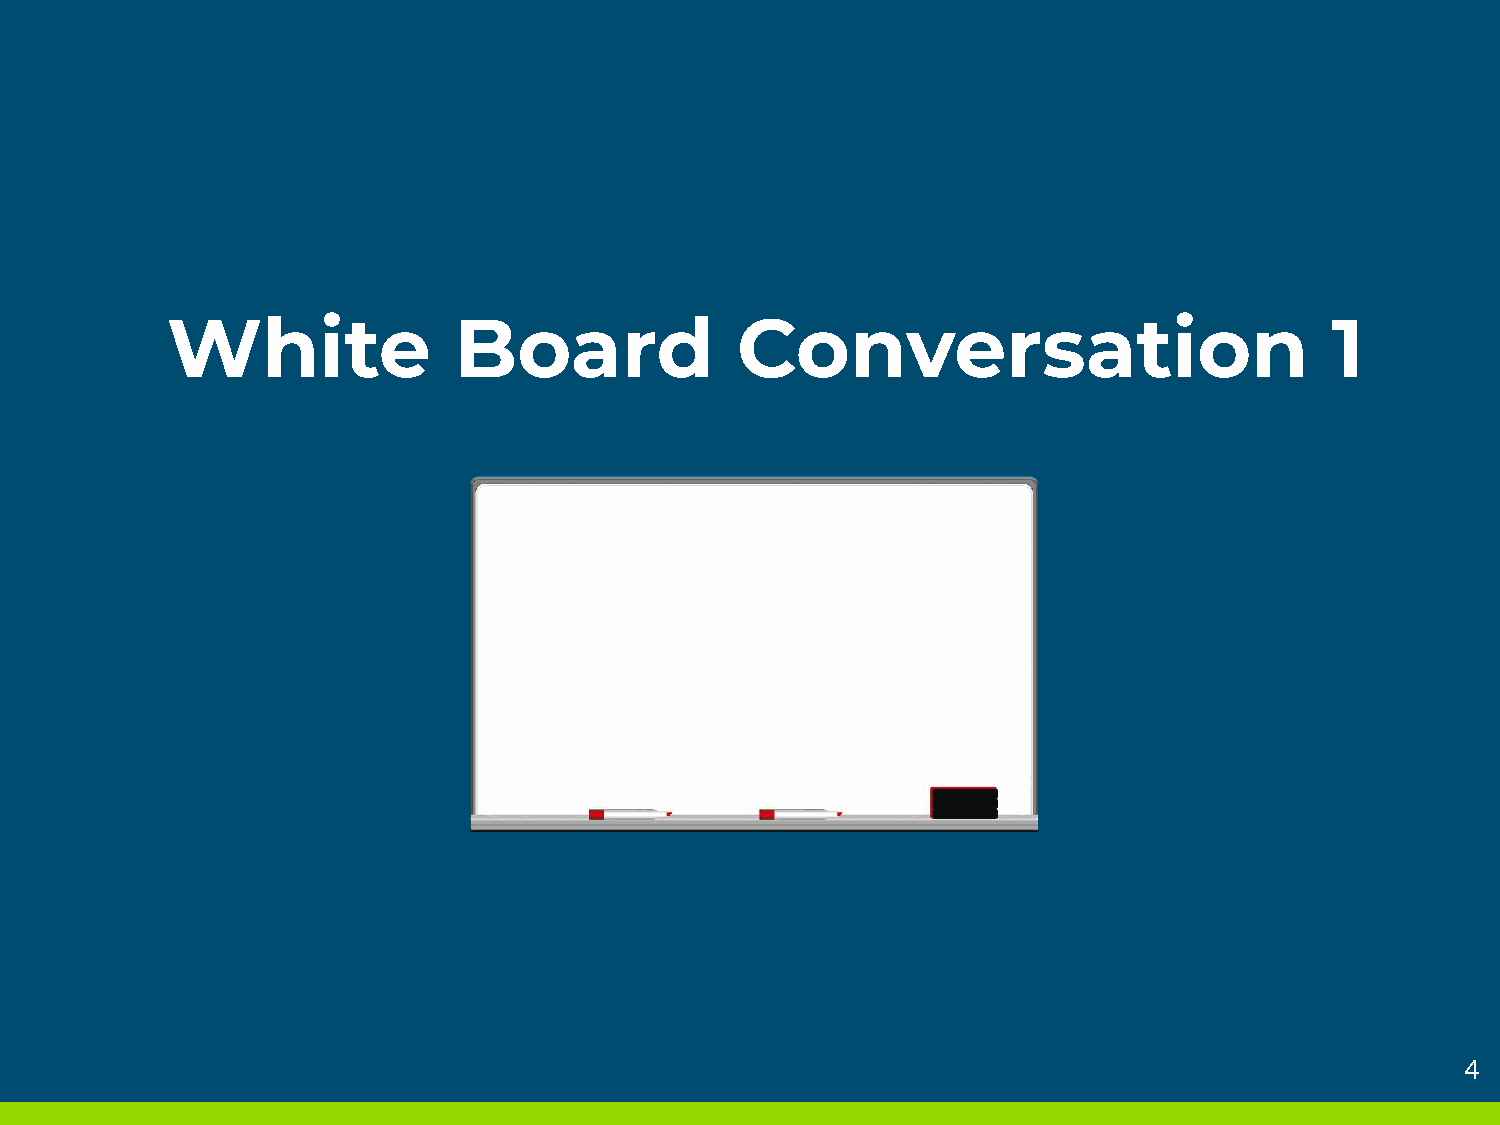
White              Board              Conversation                           1
 Providing    Navigation   to ELLs                                                              4